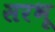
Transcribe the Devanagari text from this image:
सरभू